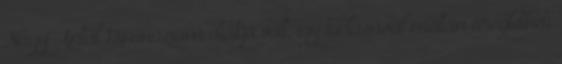
Nagy Antal Gimnázium diákja volt, így tudásával méltán öregbítheti